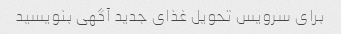
برای سرویس تحویل غذای جدید آگهی بنویسید